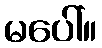
မပေါ်။